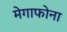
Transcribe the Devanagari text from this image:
मेगाफोना